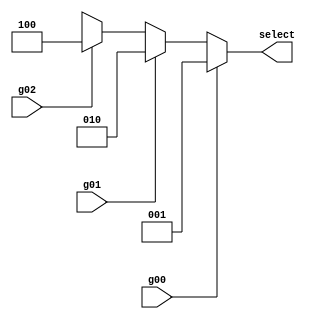
`timescale 1ns / 1ps
//////////////////////////////////////////////////////////////////////////////////
// Company: 
// Engineer: 
// 
// Design Name: 
// Module Name:    selector 
// Project Name: 
// Target Devices: 
// Tool versions: 
// Description: 
//
// Dependencies: 
//
// Revision: 
// Revision 0.01 - File Created
// Additional Comments: 
//
//////////////////////////////////////////////////////////////////////////////////
module selector( g00, g01, g02, 
                // g10, g11, g12, g13, g14, 
					 // g20, g21, g22, g23, g24, 
					 // g30, g31, g32, g33, g34, 
					//  g40, g41, g42, g43, g44,
                  select					  
    );
input g00, g01, g02;
//input clk, rst;
//input g10, g11, g12, g13, g14; 
//input g20, g21, g22, g23, g24; 
//input g30, g31, g32, g33, g34;
//input g40, g41, g42, g43, g44;
output reg[2:0] select;
always @ (g00 or g01 or g02)
begin
if(g00==1)
begin
select = 3'b001;
end
else if(g01==1)
begin
select = 3'b010;
end
else if(g02==1)
begin
select = 3'b100;
end
else
begin
select = 3'bxxx;
end

end	 
endmodule